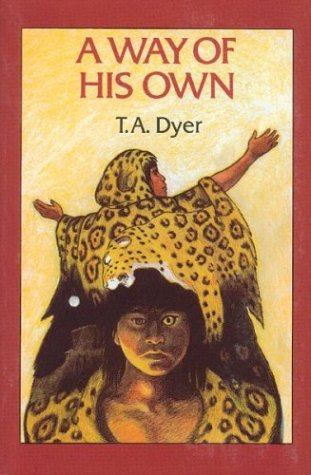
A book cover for A Way of His Own; Thomas A. Dyer; Teen & Young Adult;